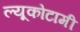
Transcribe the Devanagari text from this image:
ल्यूकोटामी